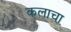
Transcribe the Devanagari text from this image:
कलाचा